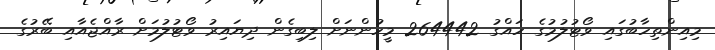
މިއިންތިހާބުގައި ވޯޓުލުމުގެ ހައްގު 264442 މީހުންނަށް ލިބިގެން ދިޔައިރު ވޯޓުލުމަށް ރާއްޖެއާއި ބޭރުގެ